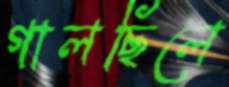
গালছিলে